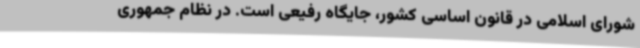
شورای اسلامی در قانون اساسی کشور، جایگاه رفیعی است. در نظام جمهوری